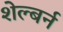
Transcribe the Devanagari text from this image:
शेल्बर्न